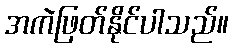
အကဲဖြတ်နိုင်ပါသည်။